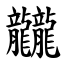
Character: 龖